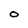
Character: O